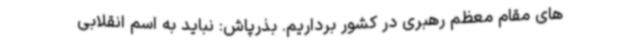
های مقام معظم رهبری در کشور برداریم. بذرپاش: نباید به اسم انقلابی